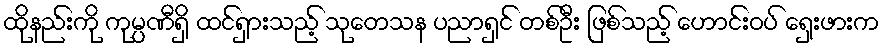
ထိုနည်းကို ကုမ္ပဏီရှိ ထင်ရှားသည့် သုတေသန ပညာရှင် တစ်ဦး ဖြစ်သည့် ဟောင်းဝပ် ရှေးဖားက